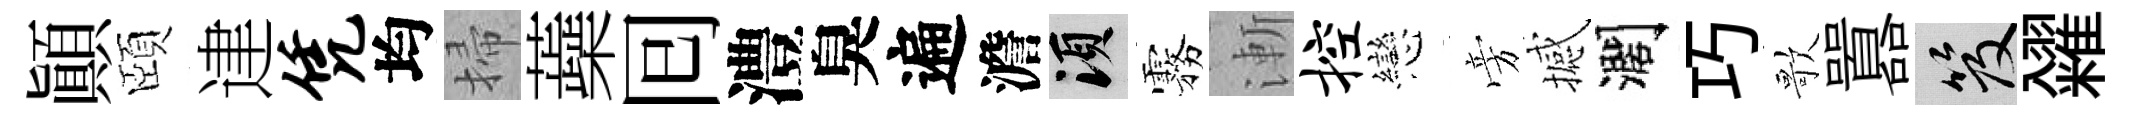
顛頤䢖凭均掃蘃囘澧臭遍澹須霧漸控戀旁撼濶巧歌囂笈糴